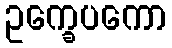
ဥက္ခေပကော